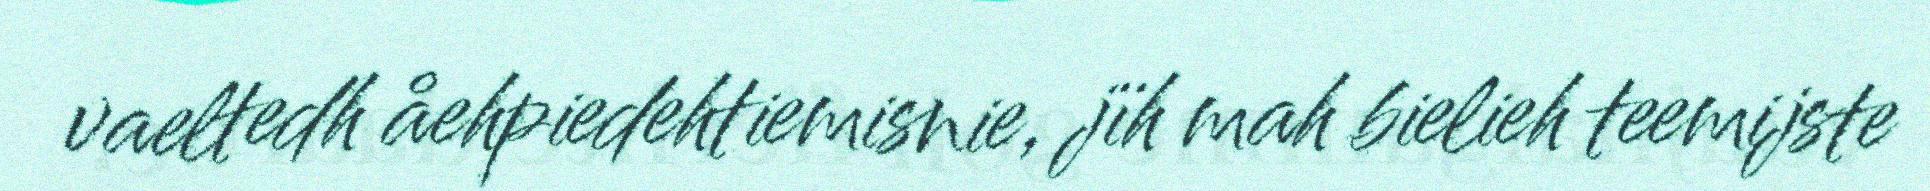
vaeltedh åehpiedehtiemisnie, jïh mah bielieh teemijste